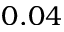
0 . 0 4